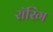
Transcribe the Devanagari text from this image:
रॉरिंग